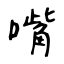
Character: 嘴